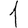
Digit: 1